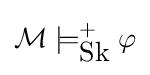
{\mathcal {M}}\models _{\mbox{Sk}}^{+}\varphi